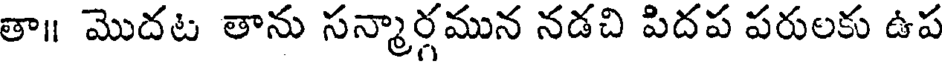
తా॥ మొదట తాను సన్మార్గమున నడచి పిదప పరులకు ఉప